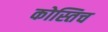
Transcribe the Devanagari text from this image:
कोस्तिच